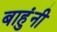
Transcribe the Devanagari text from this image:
बाहुंनी